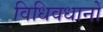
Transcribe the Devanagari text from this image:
विधिवधानों